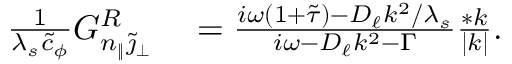
\begin{array} { r l } { \frac { 1 } { \lambda _ { s } \tilde { c } _ { \phi } } G _ { n _ { \| } \tilde { \jmath } _ { \perp } } ^ { R } } & { { } = \frac { i \omega ( 1 + \tilde { \tau } ) - D _ { \ell } k ^ { 2 } / \lambda _ { s } } { i \omega - D _ { \ell } k ^ { 2 } - \Gamma } \frac { * k } { | k | } . } \end{array}